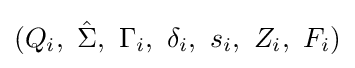
(Q_{i},\ {\hat {\Sigma }},\ \Gamma _{i},\ \delta _{i},\ s_{i},\ Z_{i},\ F_{i})